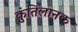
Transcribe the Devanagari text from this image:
कुंतिलानक